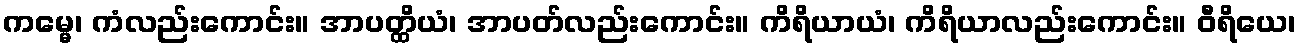
ကမ္မေ၊ ကံလည်းကောင်း။ အာပတ္ထိယံ၊ အာပတ်လည်းကောင်း။ ကိရိယာယံ၊ ကိရိယာလည်းကောင်း။ ဝီရိယေ၊